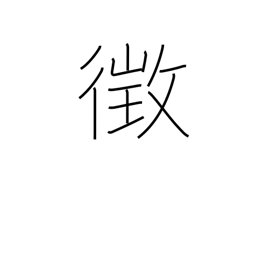
Meaning: sign